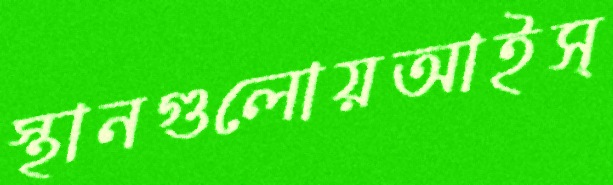
স্থানগুলোয়আইস্